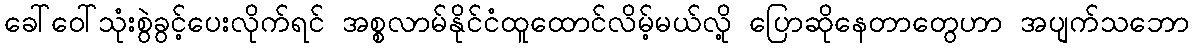
ခေါ်ဝေါ်သုံးစွဲခွင့်ပေးလိုက်ရင် အစ္စလာမ်နိုင်ငံထူထောင်လိမ့်မယ်လို့ ပြောဆိုနေတာတွေဟာ အပျက်သဘော